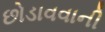
છોડાવવાની